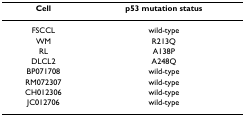
<table><thead><tr><td><b>Cell</b></td><td><b>p53 mutation status</b></td></tr></thead><tbody><tr><td>FSCCL</td><td>wild-type</td></tr><tr><td>WM</td><td>R213Q</td></tr><tr><td>RL</td><td>A138P</td></tr><tr><td>DLCL2</td><td>A248Q</td></tr><tr><td>BP071708</td><td>wild-type</td></tr><tr><td>RM072307</td><td>wild-type</td></tr><tr><td>CH012306</td><td>wild-type</td></tr><tr><td>JC012706</td><td>wild-type</td></tr></tbody></table>